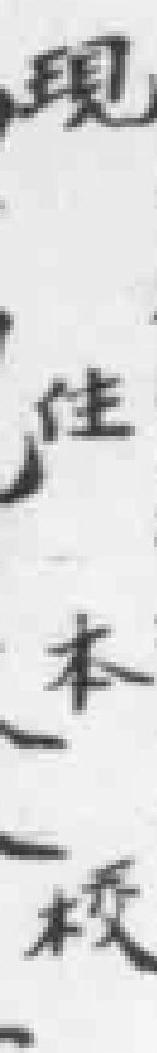
现住本校